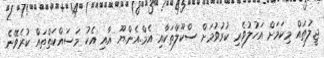
ޖީލުތައް މިކަމަށް އަހުލުވެރި ކުރުވުމަށް ސްކޫލްތަކާއި އެމް.އެން.ޔޫ އާއި އެކު މަސައްކަތްތައް ކުރެވޭނެ